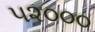
૫૨૦૦૦